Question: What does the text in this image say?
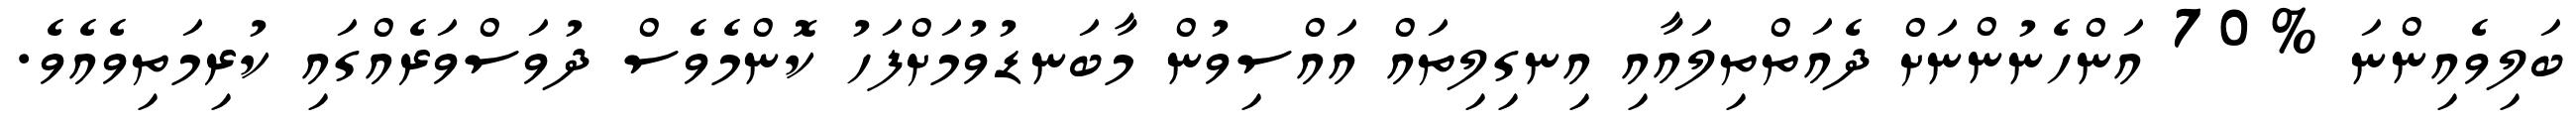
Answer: ބަލިވެއިންނަ %70 އަންހެނުންނަށް ދެއަތްތިލައާއި އިނގިލިތައް އައްސިވުން މާބަނޑުވުމަށްފަހު ކޮންމެވެސް ދުވަސްވަރެއްގައި ކުރިމަތިވެއެވެ.